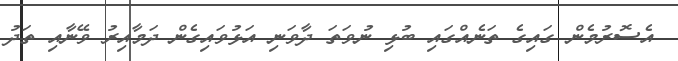
އެސޮރުމެން ގައިގެ ތަނެއްގައި ބުޅި ނުވަތަ ދާވަނި އަޅުވައިގެން ދަމާއިރު ވޭނާއި ތަދު